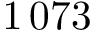
1 \, 0 7 3